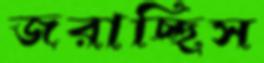
জরাচ্ছিস